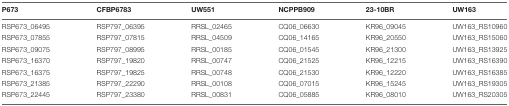
| P673 | CFBP6783 | UW551 | NCPPB909 | 23-10BR | UW163 |
 | --- | --- | --- | --- | --- | --- |
 | RSP673_06495 | RSP797_06395 | RRSL_02465 | CQ06_06630 | KR96_09045 | UW163_RS10960 |
 | RSP673_07855 | RSP797_07815 | RRSL_04509 | CQ06_14165 | KR96_20550 | UW163_RS15060 |
 | RSP673_09075 | RSP797_08995 | RRSL_00185 | CQ06_01545 | KR96_21300 | UW163_RS13925 |
 | RSP673_16370 | RSP797_19820 | RRSL_00747 | CQ06_21525 | KR96_12215 | UW163_RS16390 |
 | RSP673_16375 | RSP797_19825 | RRSL_00748 | CQ06_21530 | KR96_12220 | UW163_RS16385 |
 | RSP673_21385 | RSP797_22290 | RRSL_00108 | CQ06_07015 | KR96_15245 | UW163_RS19305 |
 | RSP673_22445 | RSP797_23380 | RRSL_00831 | CQ06_05885 | KR96_08010 | UW163_RS20305 |